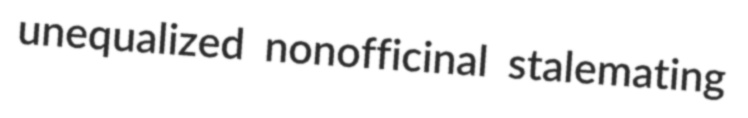
unequalized nonofficinal stalemating